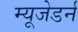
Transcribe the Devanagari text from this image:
म्यूजेडर्न